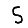
Digit: 5